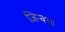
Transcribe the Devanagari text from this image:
जिन्वथ।